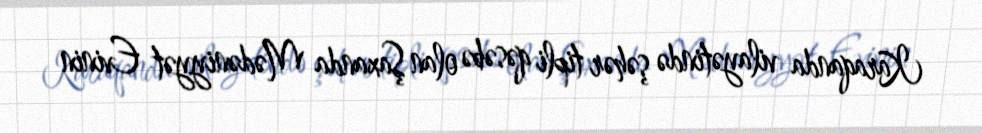
Karaqanda vilayətində şəhər tipli qəsəbə olan Şaxanda Mədəniyyət Evinin